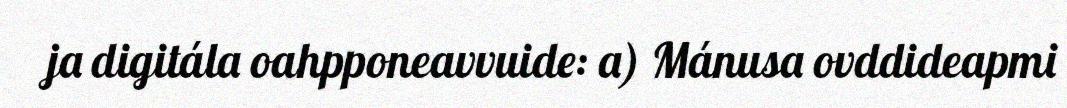
ja digitála oahpponeavvuide: a) Mánusa ovddideapmi